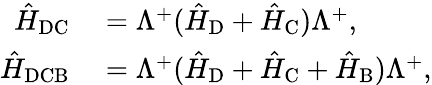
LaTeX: \begin{array}{rl}{\hat{H}_{\textrm{DC}}}&{{}=\Lambda^{+}(\hat{H}_{\textrm{D}}+\hat{H}_{\textrm{C}})\Lambda^{+},}\\ {\hat{H}_{\textrm{DCB}}}&{{}=\Lambda^{+}(\hat{H}_{\textrm{D}}+\hat{H}_{\textrm{C}}+\hat{H}_{\textrm{B}})\Lambda^{+},}\end{array}